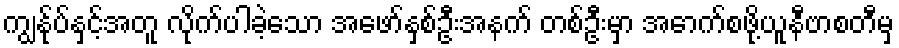
ကျွန်ုပ်နှင့်အတူ လိုက်ပါခဲ့သော အဖော်နှစ်ဦးအနက် တစ်ဦးမှာ အောက်စဖို့ယူနီဗာစတီမှ